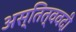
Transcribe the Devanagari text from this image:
अस्तित्ववदी